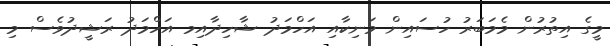
މީގެ އިތުރުން މެމަބަރު ހުސައިން މަނިކާއި އަހްމަދު ޝާހިދާއިމ އަހްމަދު ރަޝީދުވެސް މި